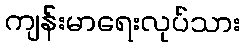
ကျန်းမာရေးလုပ်သား